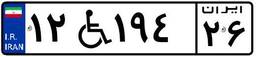
۱۲W۱۹۴۲۶